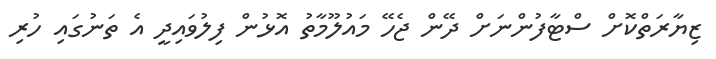
ޒިޔާރަތްކޮށް ސްޓާފުންނަށް ދޭން ޖެހޭ މައުލޫމާތު އޮޅުން ފިލުވައިދީ އެ ތަނުގައި ހުރި